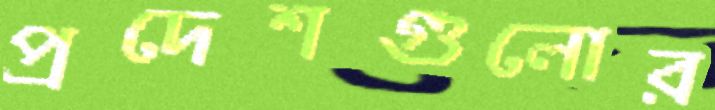
প্রদেশগুলোর